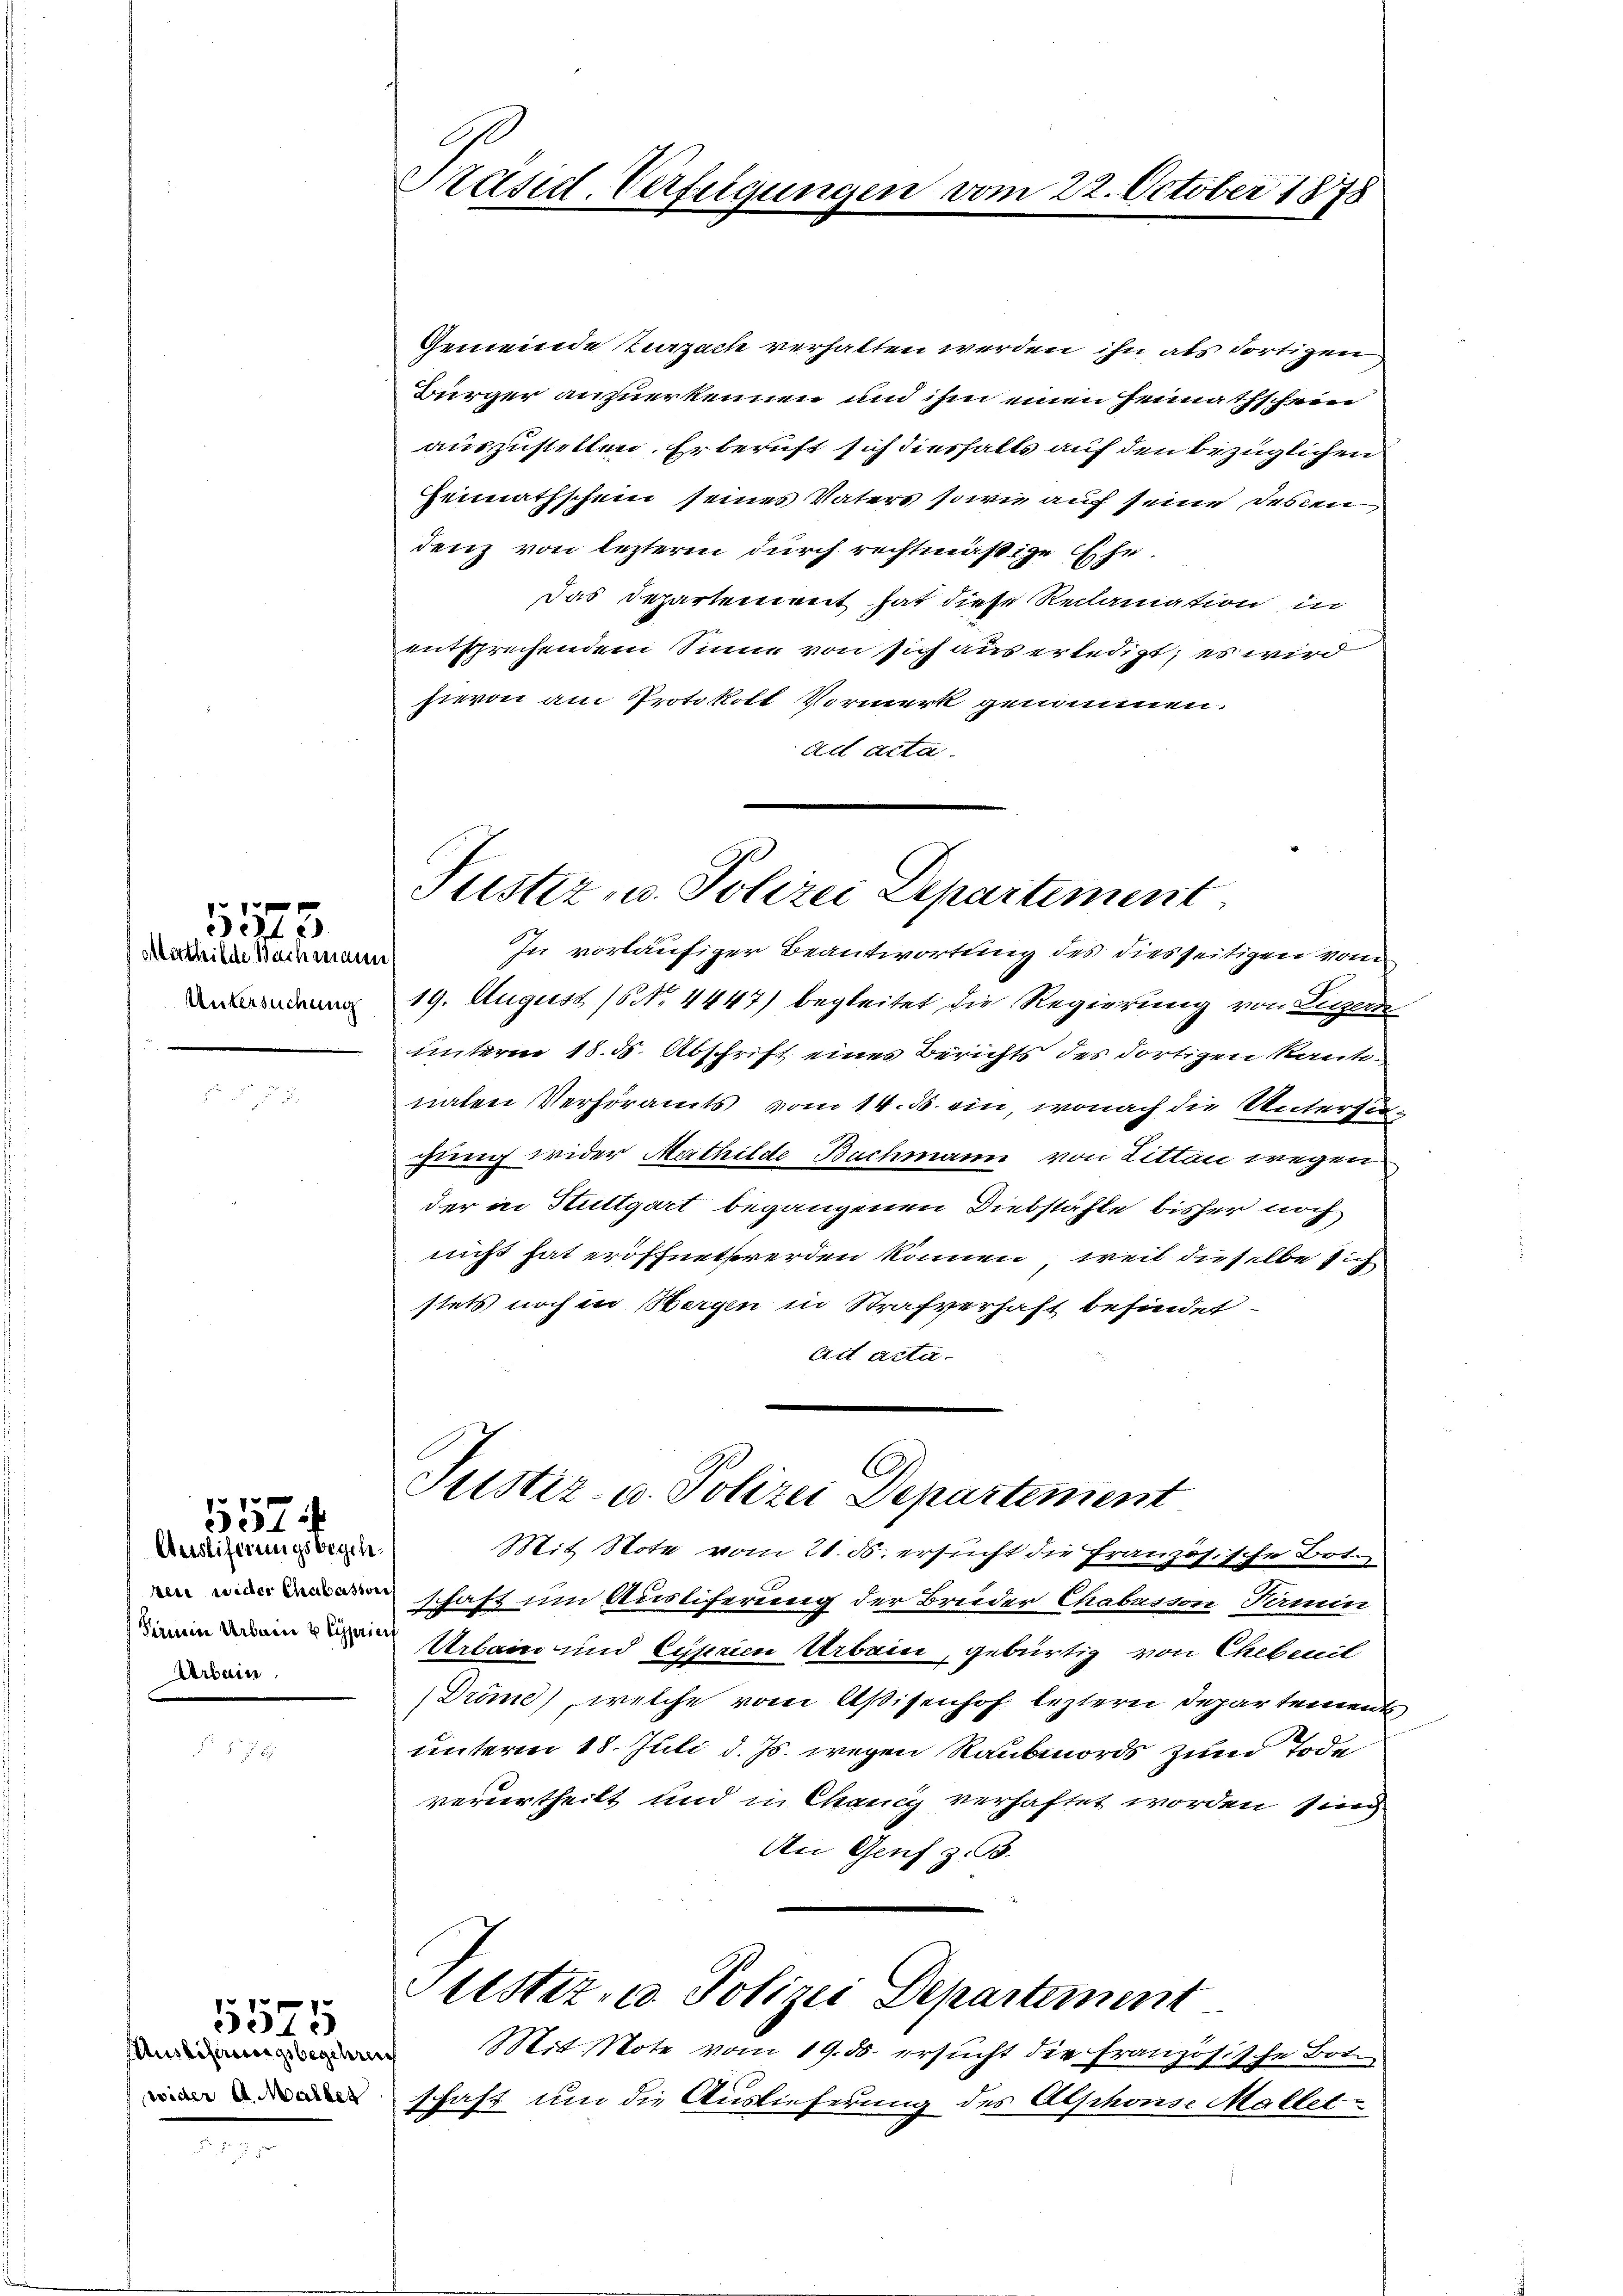
Marthilde Bachmann
Untersuchung

Seht

Anstiferungsbegeh
Arbein

5574

wider A. aller

5575

Präsid. Verfügungen vom 22. October 1878

Justiz- u. Polizei Departement

Gemeinde Zurzach verhalten werden ihn als dortigen
Bürger anzuerkennen und ihm einen Heimathschein
auszustellen. Erberuft sich diesfalls auf den bezüglichen
Heimathschein seines Vaters sowie auf seine Descen
denz von lezteren durch rechtmäßige Ehe¬
Das Departement hat diese Reclamation in
entsprechendem Sinne von sich aus erledigt, es wird
hievon am Protokoll Vormerk genommen.
ad acta
In vorläufiger Beantwortung des dies seitigen vom
19. August (No. 4447) begleitet die Regierung von Luzern
unterm 18. ds. Abschrift eines Berichts des dortigen Kantonaten Verhöramts vom 14. d. ein, wonach die Untersugung wider Mathilde Bachmann von Litten wegen
der in Stuttgart begangenen Diebstähle bisher noch
nicht hat eröffnet werden können, weil dieselbe sich
stets noch in Bergen in Strafverhaft befindet
Art acta.
Justiz- u. Polizei Departement
Mit Note vom 21. ds. ersucht die Französische Bot.
schaft um Auslicherung der Breider Chabasson, Namen
 Urlain und Cyprien Arbein, gebürtig von Chebenil
Dröme), welche vom Aßisenhof leztern Departement
unterm 18. Juli d. Js. wegen Raubmords zum Tode
verurtheilt und in Chancy verhaftet worden sind
An Genf z. B.
Pustiz- u. Polizei Departement
 Mit Note vom 19. ds. ersucht die Französische Bot
schaft um die Auslieferung des Alphonse Mallet¬